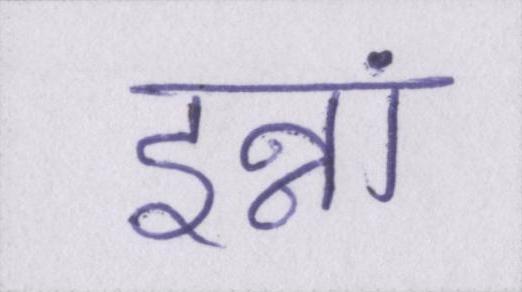
इन्नां